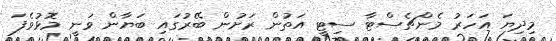
މިދިޔަ އަހަރު މެންޗެސްޓާ ސިޓީ އަތުން ރަށުން ބޭރުގައި ބަޔާން ވަނީ މޮޅުވެފަ